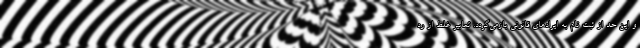
و این حد از ثبت نام به ایرادهای قانونی بازمی‌گردد. تعابیر غلط از رد